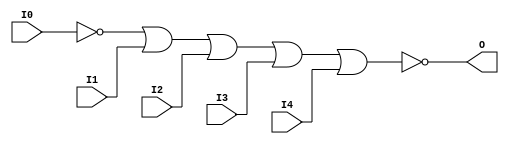
module NOR5B1 (O, I0, I1, I2, I3, I4);

    output O;

    input  I0, I1, I2, I3, I4;

    wire i0_inv;

    not N0 (i0_inv, I0);
    nor O1 (O, i0_inv, I1, I2, I3, I4);


endmodule